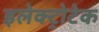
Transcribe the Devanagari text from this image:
इलेक्ट्रोटेक